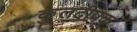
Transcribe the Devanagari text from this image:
कुलदीपक